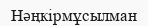
Нәңкірмұсылман